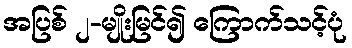
အပြစ် ၂-မျိုးမြင်၍ ကြောက်သင့်ပုံ